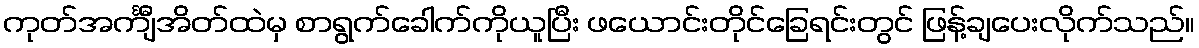
ကုတ်အင်္ကျီအိတ်ထဲမှ စာရွက်ခေါက်ကိုယူပြီး ဖယောင်းတိုင်ခြေရင်းတွင် ဖြန့်ချပေးလိုက်သည်။